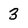
Character: 3